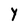
Character: Y